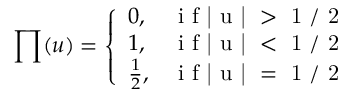
\prod ( u ) = \left\{ \begin{array} { l l } { 0 , } & { \mathrm { ~ i ~ f ~ | ~ u ~ | ~ > ~ 1 ~ / ~ 2 ~ } } \\ { 1 , } & { \mathrm { ~ i ~ f ~ | ~ u ~ | ~ < ~ 1 ~ / ~ 2 ~ } } \\ { \frac { 1 } { 2 } , } & { \mathrm { ~ i ~ f ~ | ~ u ~ | ~ = ~ 1 ~ / ~ 2 ~ } } \end{array} \right.